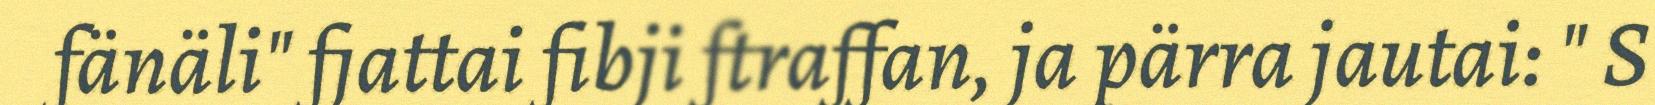
fänäli" fjattai fibji ftraffan, ja pärra jautai: " S